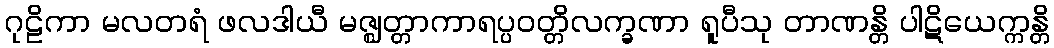
ဂုဠိကာ မလတရံ ဖလဒါယီ မဇ္ဈတ္တာကာရပ္ပဝတ္တိလက္ခဏာ ရူပီသု တာဏန္တိ ပါဋိယေက္ကန္တိ